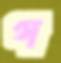
গ